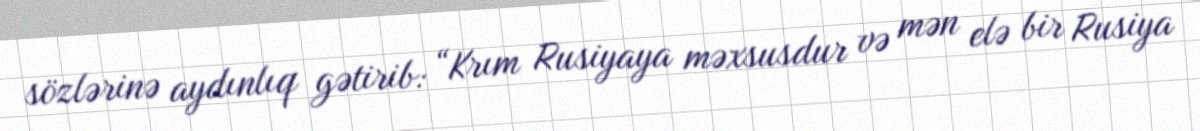
sözlərinə aydınlıq gətirib: “Krım Rusiyaya məxsusdur və mən elə bir Rusiya